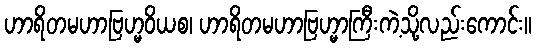
ဟာရိတမဟာဗြဟ္မဝိယစ၊ ဟာရိတမဟာဗြဟ္မာကြီးကဲ့သို့လည်းကောင်း။